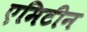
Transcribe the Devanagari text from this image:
एमिटीन